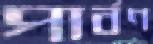
পার্বণ